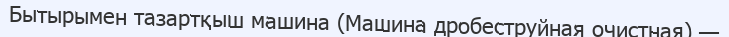
Бытырымен тазартқыш машина (Машина дробеструйная очистная) —